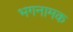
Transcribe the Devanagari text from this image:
भगनामक